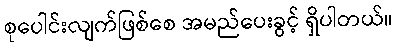
စုပေါင်းလျက်ဖြစ်စေ အမည်ပေးခွင့် ရှိပါတယ်။